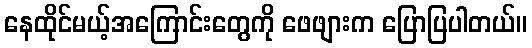
နေထိုင်မယ့်အကြောင်းတွေကို ဖေဖျားက ပြောပြပါတယ်။